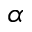
\alpha